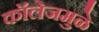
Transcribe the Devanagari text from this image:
कॉलेजमुळे